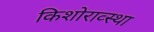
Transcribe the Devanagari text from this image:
किशोराव्स्था